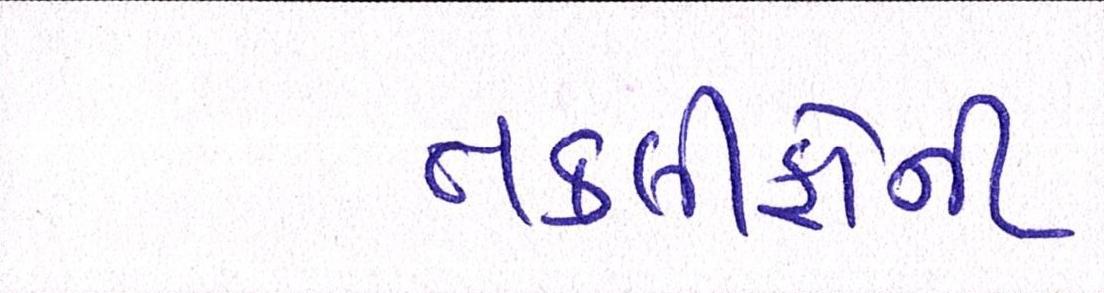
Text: તકલીફોની